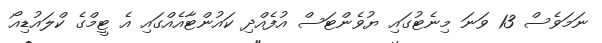
ނަމަވެސް 13 ވަނަ މިނެޓުގައި ޔުވެންޓަސް އުފެއްދި ކައުންޓާއެއްގައި އެ ޓީމްގެ ކްލައުޑިއޯ